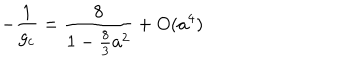
- { \frac { 1 } { g _ { c } } } = { \frac { 8 } { 1 - { \frac { 8 } { 3 } } a ^ { 2 } } } + O ( a ^ { 4 } )